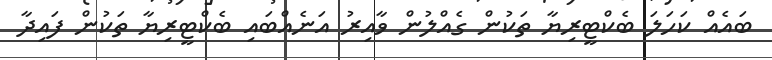
ބައެއް ކަހަލަ ބެކްޓީރިޔާ ތަކުން ގެއްލުން ވާއިރު އަނެއްބައި ބެކްޓީރިޔާ ތަކުން ފައިދާ